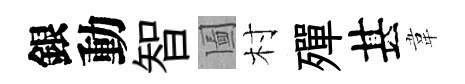
銀動智圗村殫甚韋